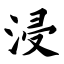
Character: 浸